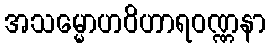
အသမ္မောဟဝိဟာရဝဏ္ဏနာ